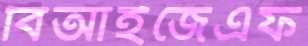
বিআইজেএফ